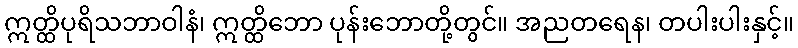
ဣတ္ထိပုရိသဘာဝါနံ၊ ဣတ္ထိဘော ပုန်းဘောတို့တွင်။ အညတရေန၊ တပါးပါးနှင့်။